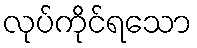
လုပ်ကိုင်ရသော